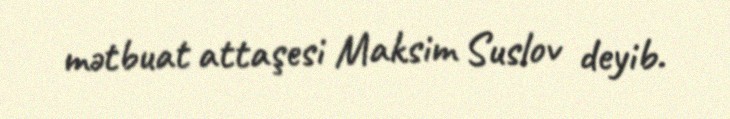
mətbuat attaşesi Maksim Suslov deyib.